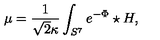
\mu = \frac { 1 } { \sqrt { 2 } \kappa } \int _ { S ^ { 7 } } e ^ { - \Phi } \star H ,